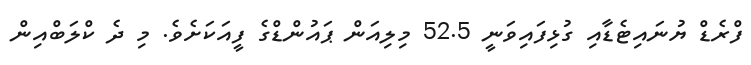
ފްރެޑް ޔުނައިޓެޑާއި ގުޅިފައިވަނީ 52.5 މިލިއަން ޕައުންޑްގެ ފީއަކަށެވެ. މި ދެ ކްލަބްއިން